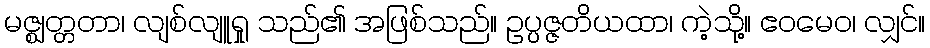
မဇ္ဈတ္တတာ၊ လျစ်လျူရှု သည်၏ အဖြစ်သည်။ ဥပ္ပဇ္ဇတိယထာ၊ ကဲ့သို့။ ဧဝမေဝ၊ လျှင်။